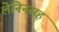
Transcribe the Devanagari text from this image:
लेनिनसह